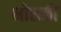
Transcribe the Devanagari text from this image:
भोसकीं